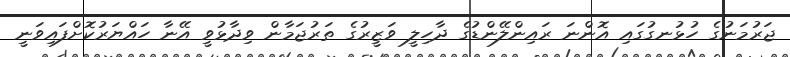
ޖަރުމަނުގެ ހުޅުނގުގައި އޮންނަ ރައިންލޭންޑުގެ ދާހިލީ ވަޒީރުގެ ތަރުޖަމާން ވިދާޅުވީ އޭނާ ހައްޔަރުކޮށްފައިވަނީ